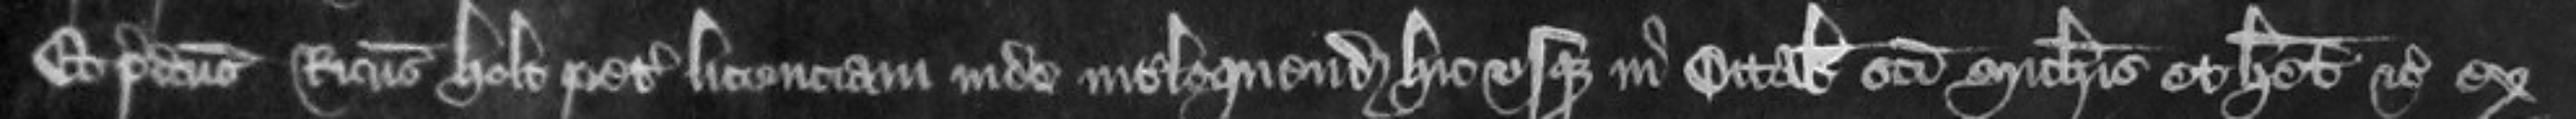
Et predictus Ricardus Holt petit licenciam inde interloquendi hic usque in Octabis Sancti Michaelis et habet etc ex